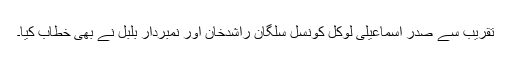
تقریب سے صدر اسماعیلی لوکل کونسل سلگان راشدخان اور نمبردار بلبل نے بھی خطاب کیا۔